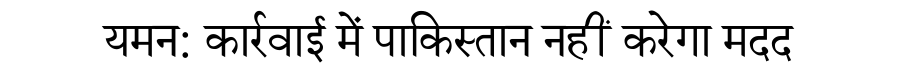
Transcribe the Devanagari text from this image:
यमन: कार्रवाई में पाकिस्तान नहीं करेगा मदद